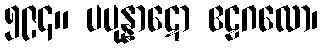
၅၉၄။ ပပုန္နာဋော ဧဠဂလော၊